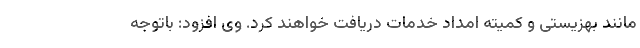
مانند بهزیستی و کمیته امداد خدمات دریافت خواهند کرد. وی افزود: باتوجه